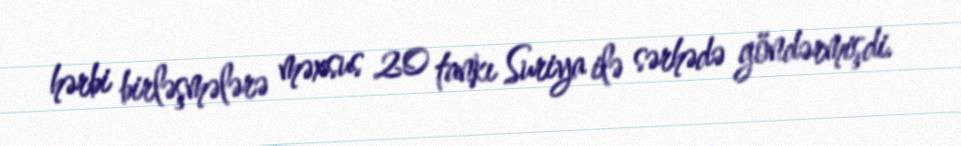
hərbi birləşmələrə məxsus 20 tankı Suriya ilə sərhədə göndərmişdi.